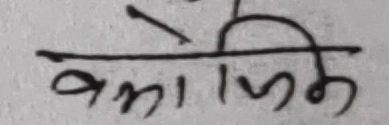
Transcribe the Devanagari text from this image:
वाल्मीकि